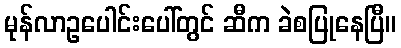
မုန်လာဥပေါင်းပေါ်တွင် ဆီက ခဲစပြုနေပြီ။